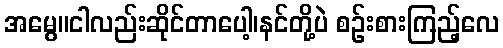
အမွေ။ငါလည်းဆိုင်တာပေါ့၊နင်တို့ပဲ စဉ်းစားကြည့်လေ